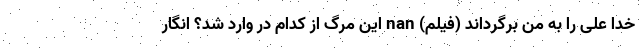
خدا علی را به من برگرداند (فیلم) nan این مرگ از کدام در وارد شد؟ انگار